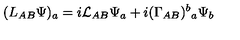
( L _ { A B } \Psi ) _ { a } = i { \cal L } _ { A B } \Psi _ { a } + i ( \Gamma _ { A B } ) ^ { b } { } _ { a } \Psi _ { b }